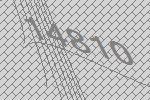
14810